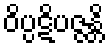
ဝိပ္ပဋိပဇ္ဇန္တိ